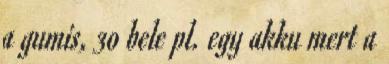
a gumis, 30 bele pl. egy akku mert a